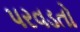
પરવડતો